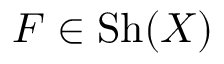
F \in { \mathrm { S h } } ( X )